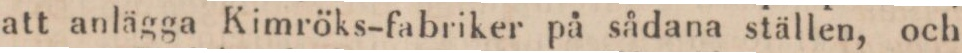
att anlägga Kimröks-fabriker på sådana ställen, och